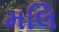
મલિ